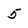
Character: 5